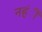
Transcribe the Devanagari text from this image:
नहंीं